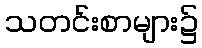
သတင်းစာများ၌